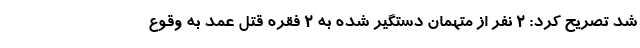
شد تصریح کرد: ۲ نفر از متهمان دستگیر شده به ۲ فقره قتل عمد به وقوع